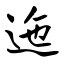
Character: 迤